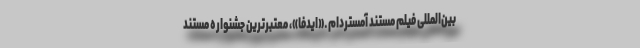
بین‌المللی فیلم مستند آمستردام ـ «ایدفا»، معتبرترین جشنواره مستند